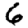
Digit: 6